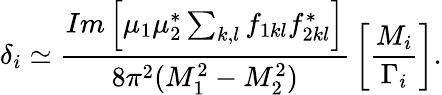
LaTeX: \delta_{i}\simeq{\frac{Im\left[\mu_{1}\mu_{2}^{*}\sum_{k,l}f_{1kl}f_{2kl}^{*}\right]}{8\pi^{2}(M_{1}^{2}-M_{2}^{2})}}\left[{\frac{M_{i}}{\Gamma_{i}}}\right].